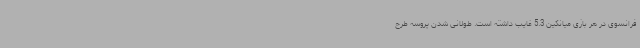
فرانسوی در هر بازی میانگین 5.3 غایب داشته است. طولانی شدن پروسه طرح